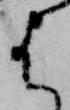
は